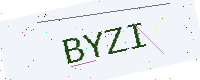
Text: BYZI